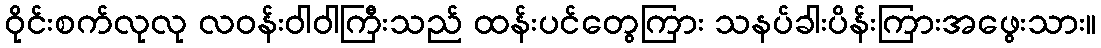
ဝိုင်းစက်လုလု လဝန်းဝါဝါကြီးသည် ထန်းပင်တွေကြား သနပ်ခါးပိန်းကြားအဖွေးသား။